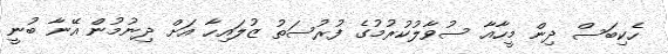
ހެކިބަސް ދިން މީހާއާ ސުވާލުކުރުމުގެ ފުރުސަތު ޒުލައިހާ އަށް ދިނުމުން އޭނާ ބުނީ